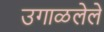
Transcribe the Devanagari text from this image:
उगाळलेले